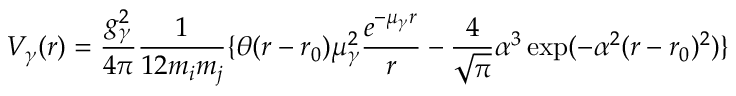
V _ { \gamma } ( r ) = \frac { g _ { \gamma } ^ { 2 } } { 4 \pi } \frac { 1 } { 1 2 m _ { i } m _ { j } } \{ \theta ( r - r _ { 0 } ) \mu _ { \gamma } ^ { 2 } \frac { e ^ { - \mu _ { \gamma } r } } { r } - \frac { 4 } { \sqrt { \pi } } \alpha ^ { 3 } \exp ( - \alpha ^ { 2 } ( r - r _ { 0 } ) ^ { 2 } ) \}